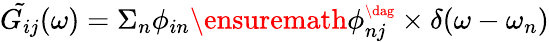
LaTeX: \tilde{G_{ij}}(\omega)=\Sigma_{n}\phi_{in}\ensuremath{\phi_{nj}^{\scriptscriptstyle\dag}}\times\delta(\omega-\omega_{n})